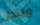
ويندل